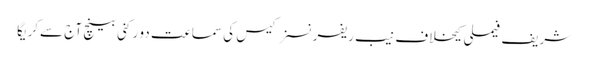
شریف فیملی کیخلاف نیب ریفرنسز کیس کی سماعت دو رکنی بینچ آج سےکریگا